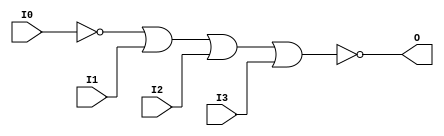

/*

FUNCTION	: 4-INPUT NOR GATE

*/

`timescale  100 ps / 10 ps

`celldefine

module NOR4B1 (O, I0, I1, I2, I3);


    output O;

    input  I0, I1, I2, I3;

    not N0 (i0_inv, I0);
    nor O1 (O, i0_inv, I1, I2, I3);

    specify
	(I0 *> O) = (0, 0);
	(I1 *> O) = (0, 0);
	(I2 *> O) = (0, 0);
	(I3 *> O) = (0, 0);
    endspecify

endmodule

`endcelldefine